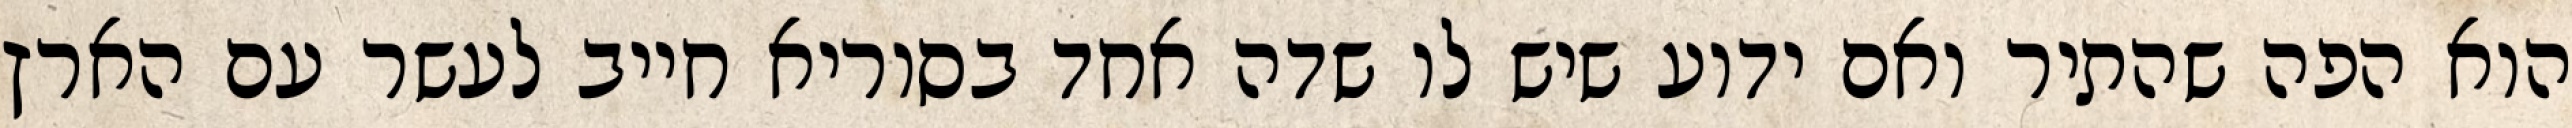
הוא הפה שהתיר ואם ידוע שיש לו שדה אחד בסוריא חייב לעשר עם הארץ